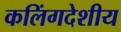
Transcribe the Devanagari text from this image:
कलिंगदेशीय